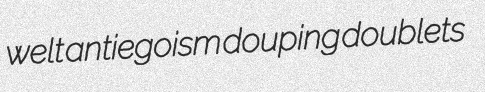
welt antiegoism douping doublets